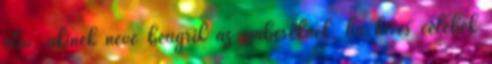
első, akinek neve beugrik az embereknek, ha híres celebek